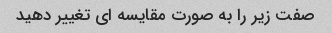
صفت زیر را به صورت مقایسه ای تغییر دهید